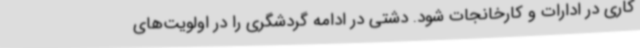
کاری در ادارات و کارخانجات شود. دشتی در ادامه گردشگری را در اولویت‌های